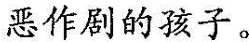
恶作剧的孩子